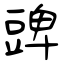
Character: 豍